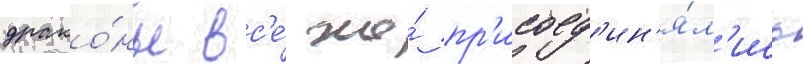
драко́ны вс'е́ же́ пр'исоед'ин'я́л'ись